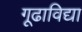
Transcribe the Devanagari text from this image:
गूढाविद्या